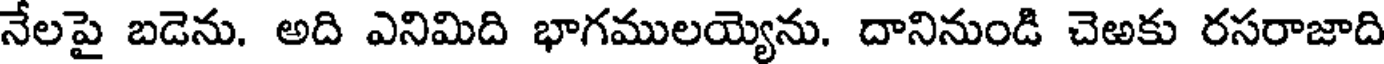
నేలపై బడెను. అది ఎనిమిది భాగములయ్యెను. దానినుండి చెఱకు రసరాజాది